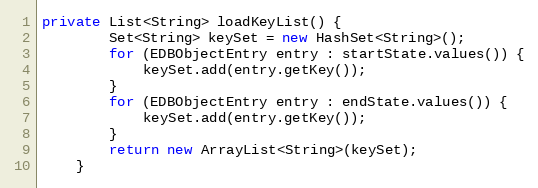
Language: Java
private List<String> loadKeyList() {
        Set<String> keySet = new HashSet<String>();
        for (EDBObjectEntry entry : startState.values()) {
            keySet.add(entry.getKey());
        }
        for (EDBObjectEntry entry : endState.values()) {
            keySet.add(entry.getKey());
        }
        return new ArrayList<String>(keySet);
    }